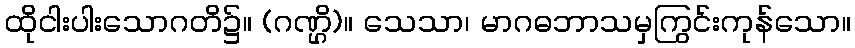
ထိုငါးပါးသောဂတိ၌။ (ဂဏ္ဌိ)။ သေသာ၊ မာဂဓဘာသမှကြွင်းကုန်သော။